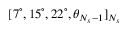
[ 7 ^ { \circ } , 1 5 ^ { \circ } , 2 2 ^ { \circ } , \theta _ { N _ { s } - 1 } ] _ { N _ { s } }